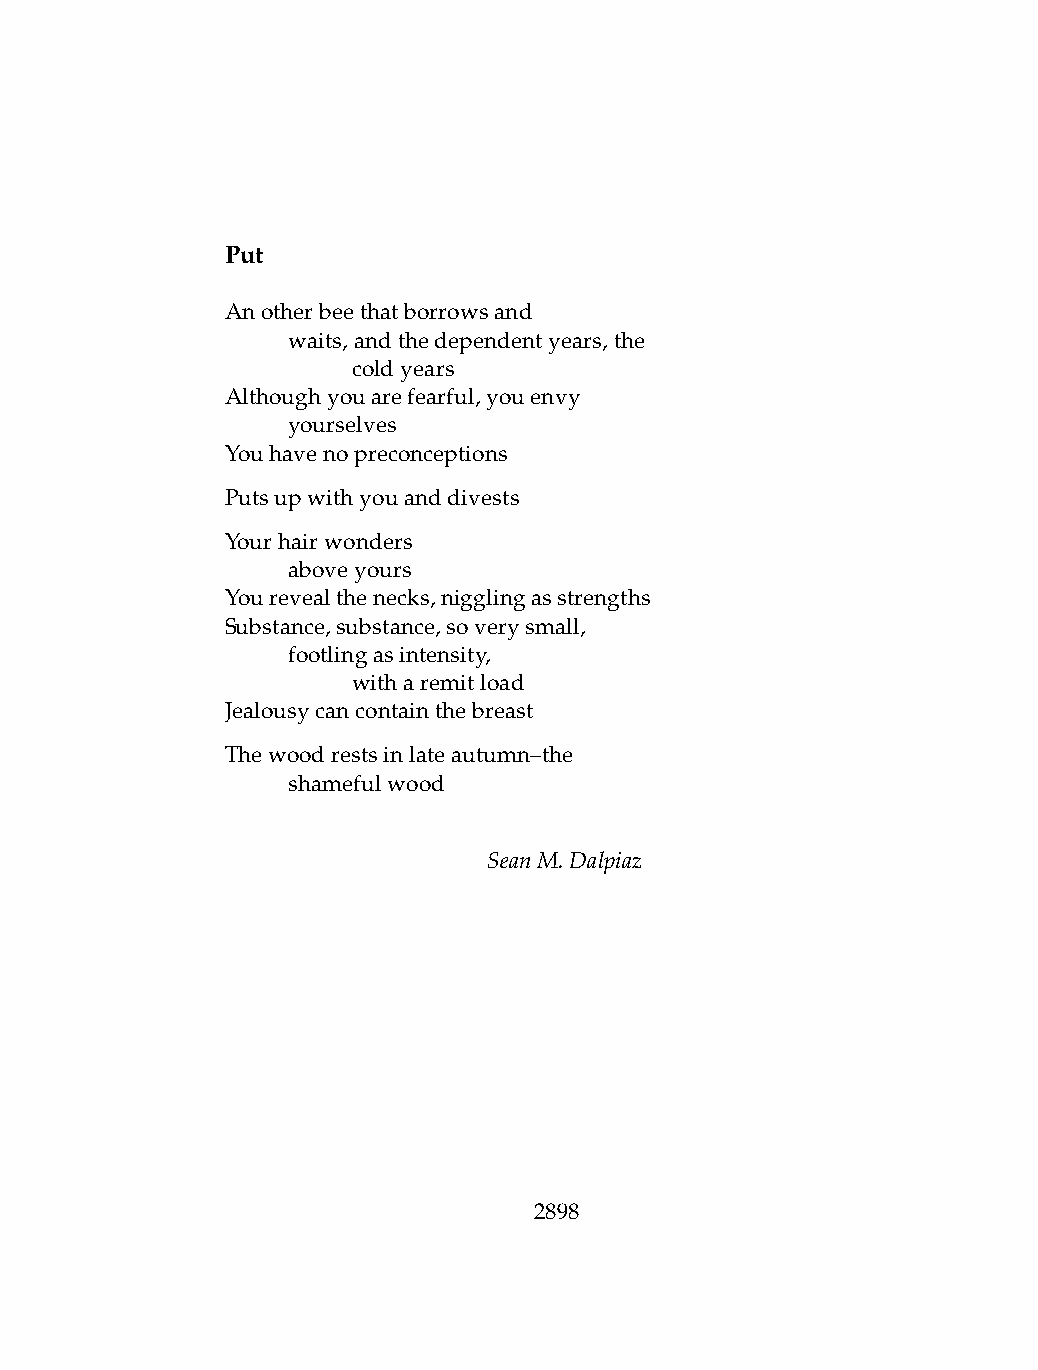
Put
 Anotherbeethatborrowsand
 .   waits,andthedependentyears,the
 .   .   coldyears
 Althoughyouarefearful,youenvy
 .   yourselves
 Youhavenopreconceptions
 Putsupwithyouanddivests
 Yourhairwonders
 .   aboveyours
 Yourevealthenecks,nigglingasstrengths
 Substance,substance,soverysmall,
 .   footlingasintensity,
 .   .   witharemitload
 Jealousycancontainthebreast
 Thewoodrestsinlateautumn–the
 .   shamefulwood
 SeanM.Dalpiaz
 2898